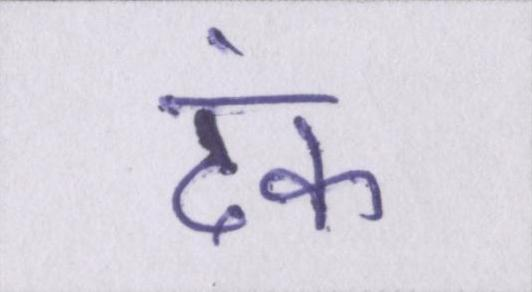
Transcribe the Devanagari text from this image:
ढंक